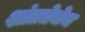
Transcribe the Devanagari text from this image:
शांततेचेच